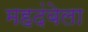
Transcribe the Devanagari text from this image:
महदंबेला